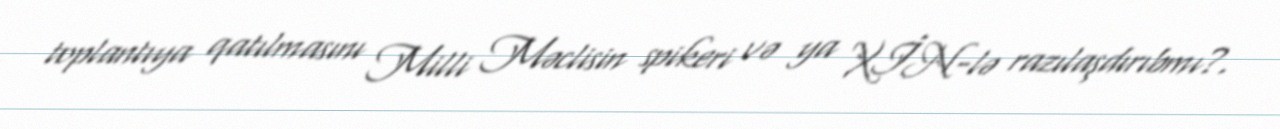
toplantıya qatılmasını Milli Məclisin spikeri və ya XİN-lə razılaşdırıbmı?.